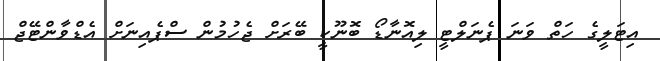
އިޓަލީގެ ހަތް ވަނަ ޕެނަލްޓީ ލިއޮނާޑޯ ބޮނޫކީ ބޭރަށް ޖެހުމުން ސްޕެއިނަށް އެޑްވާންޓޭޖް